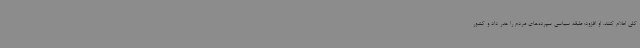
کلی اعلام کنند. او افزود: طبقه سیاسی سپرده‌های مردم را هدر داد و کشور